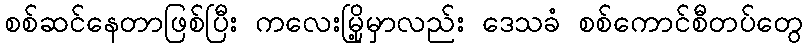
စစ်ဆင်နေတာဖြစ်ပြီး ကလေးမြို့မှာလည်း ဒေသခံ စစ်ကောင်စီတပ်တွေ